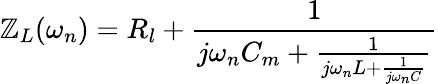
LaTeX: \mathbb{Z}_{L}(\omega_{n})=R_{l}+\frac{{1}}{{j\omega_{n}C_{m}+\frac{{1}}{{j\omega_{n}L+\frac{{1}}{{j\omega_{n}C}}}}}}